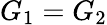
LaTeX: G_{1}=G_{2}